Report of the Indian Hemp Drugs Commission, 1894-1895 - Volume I
Year: 1894
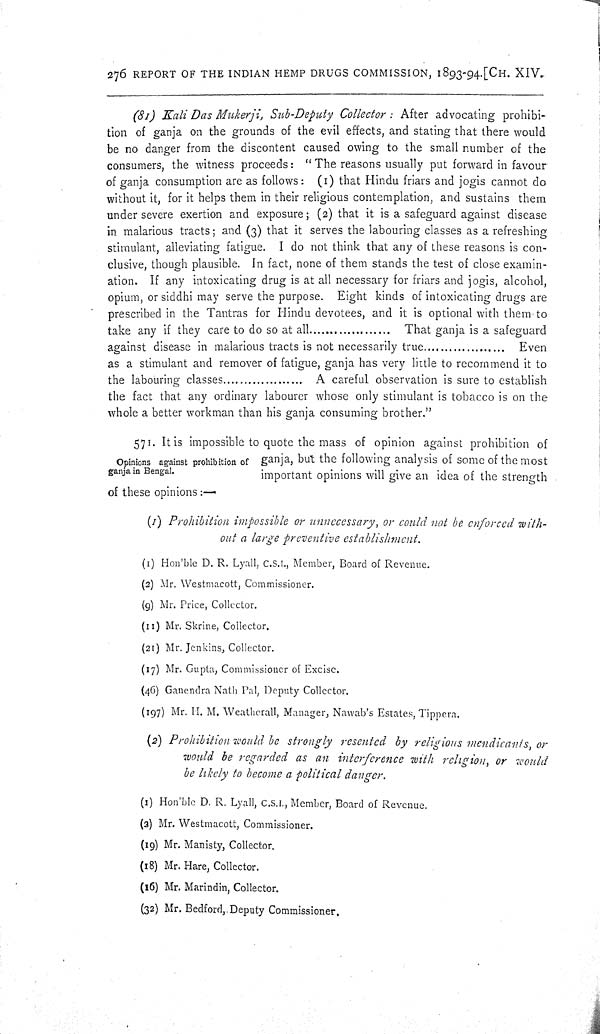
276 REPORT OF THE INDIAN HEMP DRUGS COMMISSION, 1893-94. [CH. XIV.
(81) Kali Das Mukerji, Sub-Deputy Collector: After advocating prohibi-
tion of ganja on the grounds of the evil effects, and stating that there would
be no danger from the discontent caused owing to the small number of the
consumers, the witness proceeds: "The reasons usually put forward in favour
of ganja consumption are as follows: (1) that Hindu friars and jogis cannot do
without it, for it helps them in their religious contemplation, and sustains them
under severe exertion and exposure; (2) that it is a safeguard against disease
in malarious tracts; and (3) that it serves the labouring classes as a refreshing
stimulant, alleviating fatigue. I do not think that any of these reasons is con-
clusive, though plausible. In fact, none of them stands the test of close examin-
ation. If any intoxicating drug is at all necessary for friars and jogis, alcohol,
opium, or siddhi may serve the purpose. Eight kinds of intoxicating drugs are
prescribed in the Tantras for Hindu devotees, and it is optional with them to
take any if they care to do so at all.............................. That ganja is a safeguard
against disease in malarious tracts is not necessarily true.............................. Even
as a stimulant and remover of fatigue, ganja has very little to recommend it to
the labouring classes............................... A careful observation is sure to establish
the fact that any ordinary labourer whose only stimulant is tobacco is on the
whole a better workman than his ganja consuming brother."
Opinions against prohibition of
ganja in Bengal.
571. It is impossible to quote the mass of opinion against prohibition of
ganja, but the following analysis of some of the most
important opinions will give an idea of the strength
of these opinions:—
(1) Prohibition impossible or unnecessary, or could not be enforced with-
out a large preventive establishment.
(1) Hon'ble D. R. Lyall, C.S.I., Member, Board of Revenue.
(2) Mr. Westmacott, Commissioner.
(9) Mr. Price, Collector.
(11) Mr. Skrine, Collector.
(21) Mr. Jenkins, Collector.
(17) Mr. Gupta, Commissioner of Excise.
(46) Ganendra Nath Pal, Deputy Collector.
(197) Mr. H. M. Weatherall, Manager, Nawab's Estates, Tippera.
(2) Prohibition would be strongly resented by religious mendicants, or
would be regarded as an interference with religion, or would
be likely to become a political danger.
(1) Hon'ble D. R. Lyall, C.S.I., Member, Board of Revenue.
(3) Mr. Westmacott, Commissioner.
(19) Mr. Manisty, Collector.
(18) Mr. Hare, Collector.
(16) Mr. Marindin, Collector.
(32) Mr. Bedford, Deputy Commissioner.